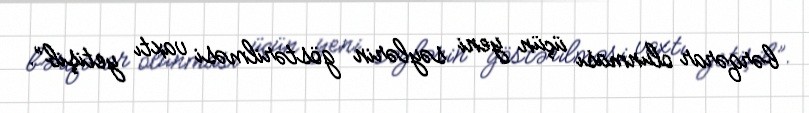
bərqərar olunması üçün yeni səylərin göstərilməsi vaxtı yetişib”.